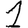
Digit: 1